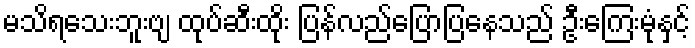
မသိရသေးဘူးဗျ ထုပ်ဆီးထိုး ပြန်လည်ပြောပြနေသည် ဦးကြေးမုံနှင့်